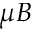
\mu B